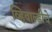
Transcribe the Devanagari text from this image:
व्हिवाल्डीचे